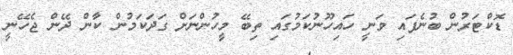
ޑޮކްޓަރުން ބުނެފައި ވަނީ ހައިހޫނުކަމުގައި ތިބޭ މީހުންނަށް ގަދަކަމުން ކާން ދޭން ޖެހޭނީ